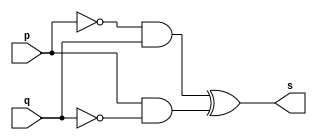
// ------------------------- 
// Exemplo0011 - XOR 
// Nome: Eduardo de Figueiredo Junior
// ------------------------- 
// ------------------------- 
// -- xor gate 
// ------------------------- 
module xorgate ( output s,input p, q); 
assign s = ~p&q^p&~q ; 
endmodule // xorgate 
// --------------------- 
// -- test xor gate 
// --------------------- 
module testxorgate; 
// ------------------------- dados locais 
reg a, b; // definir registradores 
wire s; // definir conexao (fio) 
// ------------------------- instancia 
xorgate XOR1 (s, a, b); 
// ------------------------- preparacao 
initial begin:start 
// atribuicao simultanea 
// dos valores iniciais 
a=0; b=0; 
end 
// ------------------------- parte principal 
initial begin 
$display("Exemplo0011 - Eduardo de Figueiredo Junior - 451550"); 
$display("Test XOR gate"); 
$display("\na ^ b = s\n"); 
#1 a=0; b=0; 
$monitor("%b ^ %b = %b", a, b, s); 
#1 a=0; b=1; 
#1 a=1; b=0; 
#1 a=1; b=1; 
 
end 
endmodule // testxorgate